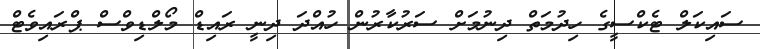
ސައިކަލް ޓެކްސީގެ ހިދުމަތް ދިނުމަށް ސަރުކާރުން ހުއްދަ ދިނީ ރައިޑް މޯލްޑިވްސް ޕްރައިވެޓް